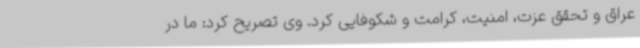
عراق و تحقق عزت، امنیت، کرامت و شکوفایی کرد. وی تصریح کرد: ما در